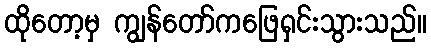
ထိုတော့မှ ကျွန်တော်ကဖြေရှင်းသွားသည်။